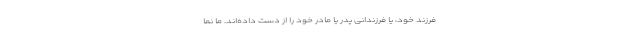
فرزند خود، یا فرزندانی پدر یا مادر خود را از دست داده‌اند. ما نما